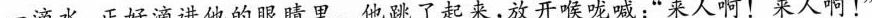
一滴水，正好滴进他的眼睛里。他跳了起来，放开喉咙喊：”来人啊！来人啊！”